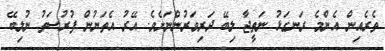
ތެރެއިން އެންމެ ރަނގަޅު ނަތީޖާ ލިބޭ ދަރިވަރުންނަށެވެ. އޭރު އެތަނުން ފުރުސަތު ނުލިބޭ